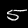
Label: 5